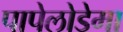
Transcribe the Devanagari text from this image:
पापेलोडेमा